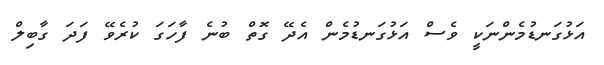
އަޅުގަނޑުމެންނަކީ ވެސް އަޅުގަނޑުމެން އެދޭ ގޮތް ބުނެ ފާހަގަ ކުރެވޭ ފަދަ ގާބިލް